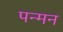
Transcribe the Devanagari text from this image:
पन्मन